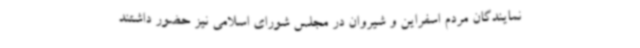
نمایندگان مردم اسفراین و شیروان در مجلس شورای اسلامی نیز حضور داشتند